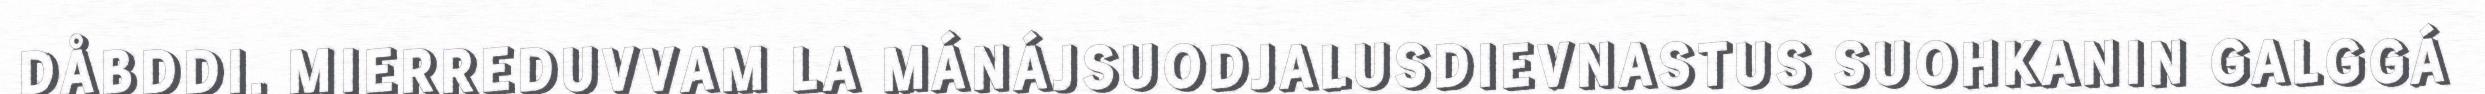
DÅBDDI. MIERREDUVVAM LA MÁNÁJSUODJALUSDIEVNASTUS SUOHKANIN GALGGÁ